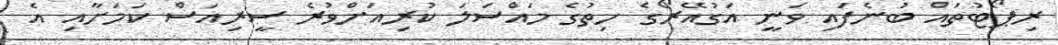
ރިޕޯޓުތައް ބުނެފައި ވަނީ އަގުއޭރޯގެ ހިތުގެ މައްސަލަ ކުރިއަށްވުރެ ސީރިއަސް ކަމަށާއި އެ